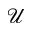
\mathcal { U }